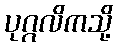
ပုဂ္ဂလိကသို့